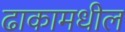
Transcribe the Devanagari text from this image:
ढाकामधील